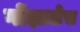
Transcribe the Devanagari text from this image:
गोंझालेस